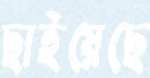
ছাইয়েছে